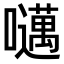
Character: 𫬱